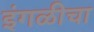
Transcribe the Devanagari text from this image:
इंगळीचा